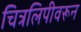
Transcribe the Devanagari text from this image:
चित्रलिपीवरून